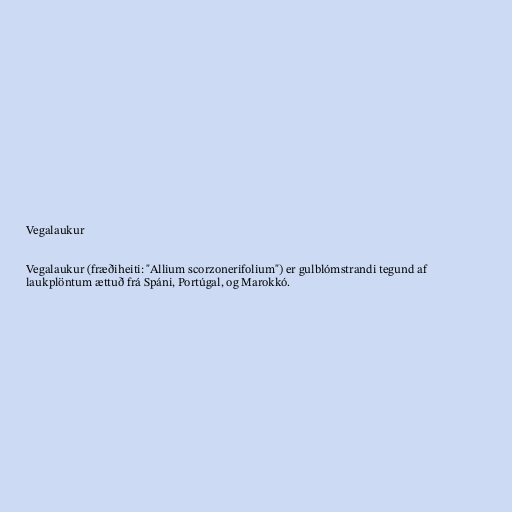
Vegalaukur

Vegalaukur (fræðiheiti: "Allium scorzonerifolium") er gulblómstrandi tegund af
laukplöntum ættuð frá Spáni, Portúgal, og Marokkó.